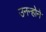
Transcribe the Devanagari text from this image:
उनन्होने